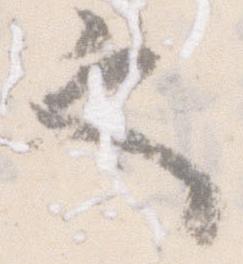
也